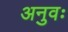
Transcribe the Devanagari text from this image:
अनुवः